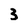
Character: 3